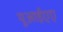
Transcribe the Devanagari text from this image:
यूआईएए